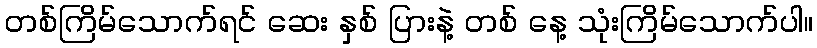
တစ်ကြိမ်သောက်ရင် ဆေး နှစ် ပြားနဲ့ တစ် နေ့ သုံးကြိမ်သောက်ပါ။